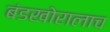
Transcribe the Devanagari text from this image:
बंडखोरालाच